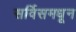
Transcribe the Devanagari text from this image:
सर्विसमधून